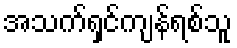
အသက်ရှင်ကျန်ရစ်သူ